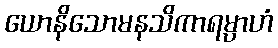
ယောနိသောမနသိကာရမ္ပာဟံ